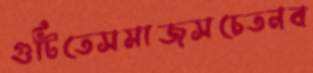
গুটিতেসমাজসচেতনব